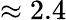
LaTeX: \approx 2.4